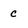
Character: c